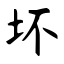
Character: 坏